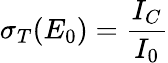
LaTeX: \sigma_{T}(E_{0})=\frac{I_{C}}{I_{0}}